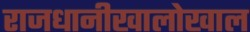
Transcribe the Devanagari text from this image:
राजधानीखालोखाल